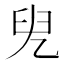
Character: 𠒍